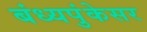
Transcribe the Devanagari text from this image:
बंध्यपुंकेसर